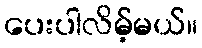
ပေးပါလိမ့်မယ်။